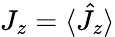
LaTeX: J_{z}=\langle\hat{J}_{z}\rangle